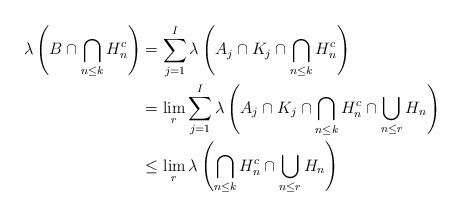
\begin{align*}\lambda\left(B\cap\bigcap_{n\le k} H_n^c\right)&=\sum_{j=1}^I\lambda\left(A_j\cap K_j\cap\bigcap_{n\le k} H_n^c\right)\\&=\lim_r\sum_{j=1}^I\lambda\left(A_j\cap K_j\cap\bigcap_{n\le k} H_n^c\cap\bigcup_{n\le r} H_n\right)\\&\le\lim_r\lambda\left(\bigcap_{n\le k} H_n^c\cap\bigcup_{n\le r} H_n\right)\end{align*}